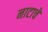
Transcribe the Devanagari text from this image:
नाटाचे